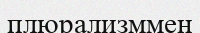
плюрализммен